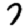
Digit: 7